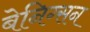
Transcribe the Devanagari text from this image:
बेनिग्सन